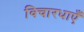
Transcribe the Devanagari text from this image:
विचारधाएँ